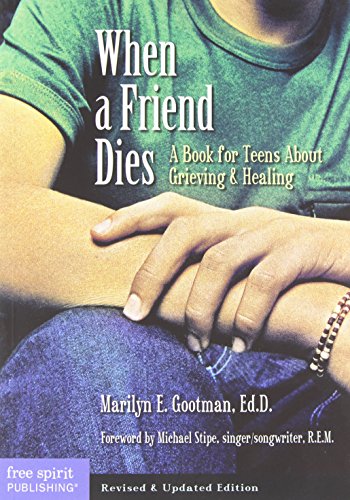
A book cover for When a Friend Dies: A Book for Teens About Grieving & Healing; Marilyn E. Gootman Ed.D.; Self-Help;